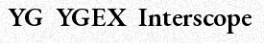
YG  YGEX  Interscope